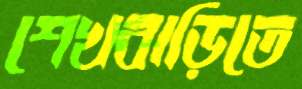
শেখবাড়িতে